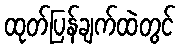
ထုတ်ပြန်ချက်ထဲတွင်